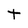
Character: t